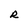
Character: R